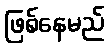
ဖြစ်နေမည်